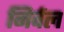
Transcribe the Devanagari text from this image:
निर्वल